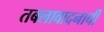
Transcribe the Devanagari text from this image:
तबलावादनाची